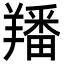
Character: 羳